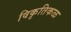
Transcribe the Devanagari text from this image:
विकृतिकळ